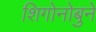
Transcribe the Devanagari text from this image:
शिगोनोबुने